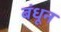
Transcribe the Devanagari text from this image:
बंधून